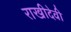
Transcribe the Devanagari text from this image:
राखीदेवी